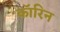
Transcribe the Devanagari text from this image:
कॉरिन